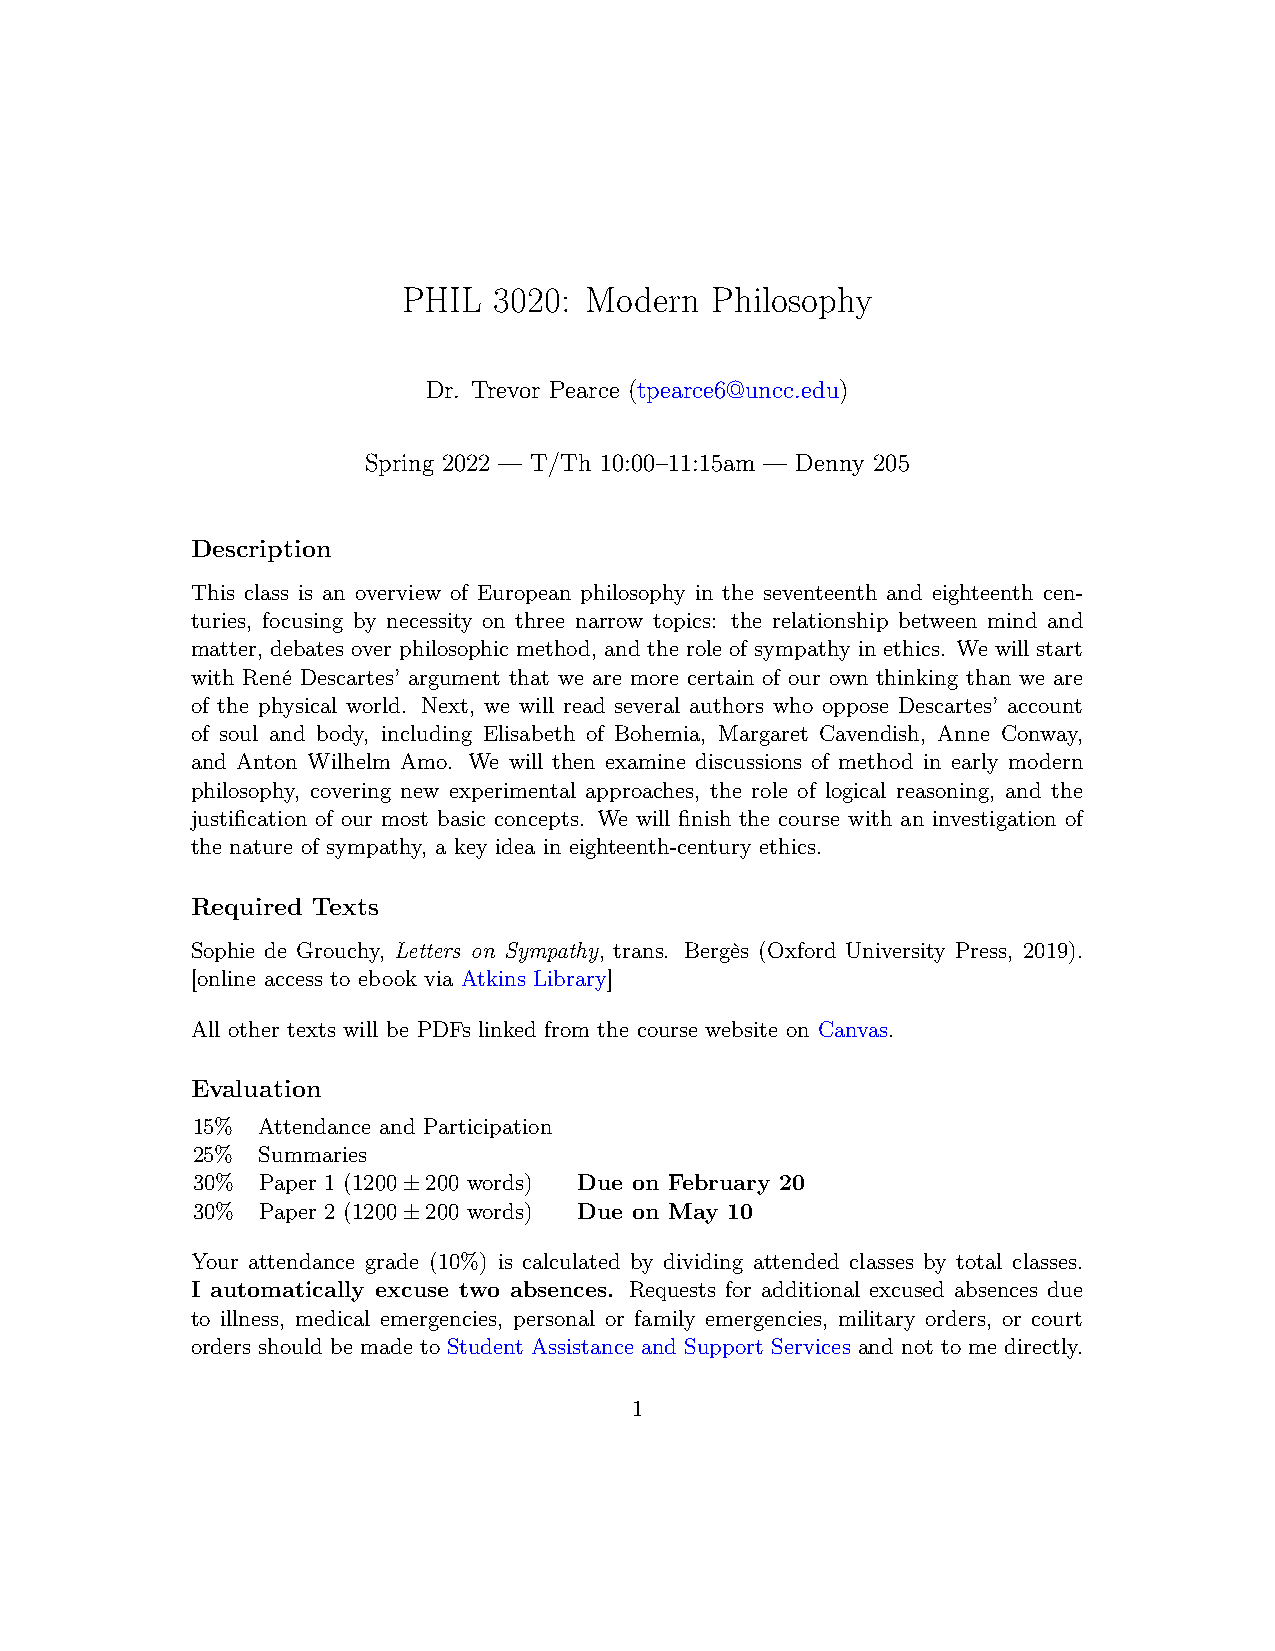
PHIL  3020: Modern  Philosophy
 Dr. Trevor Pearce (tpearce6@uncc.edu)
 Spring 2022 — T/Th 10:00–11:15am — Denny 205
 Description
 This class is an overview of European philosophy in the seventeenth and eighteenth cen-
 turies, focusing by necessity on three narrow topics: the relationship between mind and
 matter, debates over philosophic method, and the role of sympathy in ethics. We will start
 with René Descartes’ argument that we are more certain of our own thinking than we are
 of the physical world. Next, we will read several authors who oppose Descartes’ account
 of soul and body, including Elisabeth of Bohemia, Margaret Cavendish, Anne Conway,
 and Anton Wilhelm Amo. We will then examine discussions of method in early modern
 philosophy, covering new experimental approaches, the role of logical reasoning, and the
 justification of our most basic concepts. We will finish the course with an investigation of
 the nature of sympathy, a key idea in eighteenth-century ethics.
 Required Texts
 Sophie de Grouchy, Letters on Sympathy, trans. Bergès (Oxford University Press, 2019).
 [online access to ebook via Atkins Library]
 All other texts will be PDFs linked from the course website on Canvas.
 Evaluation
 15% Attendance and Participation
 25% Summaries
 30% Paper 1 (1200±200 words) Due on February 20
 30% Paper 2 (1200±200 words) Due on May 10
 Your attendance grade (10%) is calculated by dividing attended classes by total classes.
 I automatically excuse two absences. Requests for additional excused absences due
 to illness, medical emergencies, personal or family emergencies, military orders, or court
 orders should be made to Student Assistance and Support Services and not to me directly.
 1